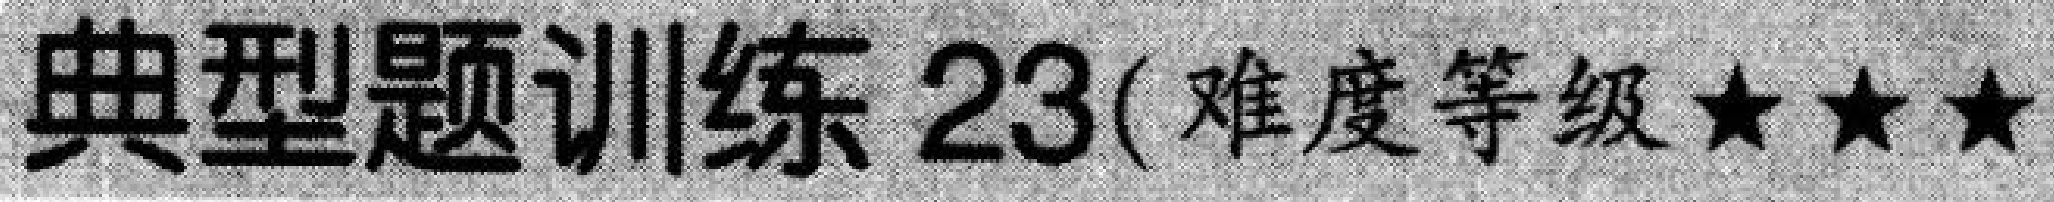
典型题训练 23(难度等级★★★)